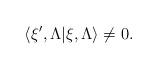
LaTeX: \begin{align*}\langle \xi' , \Lambda | \xi, \Lambda \rangle \not= 0 .\end{align*}